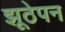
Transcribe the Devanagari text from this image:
झूठेपन